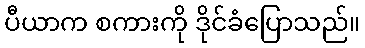
ပီယာက စကားကို ဒိုင်ခံပြောသည်။